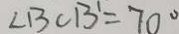
\angle B C B ^ { \prime } = 7 0 ^ { \circ }